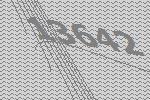
13642